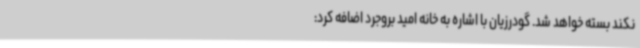
نکند بسته خواهد شد. گودرزیان با اشاره به خانه امید بروجرد اضافه کرد: